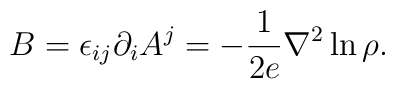
B = \epsilon_{ij} \partial_{i} A^{j} = -\frac{1}{2e} {\nabla}^2 \ln \rho.